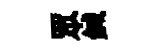
眾鍼